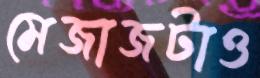
মেজাজটাও